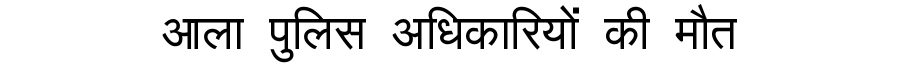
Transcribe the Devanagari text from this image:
आला पुलिस अधिकारियों की मौत